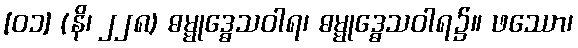
[၀၁] (နိ၊ ၂၂၈) ဓမ္မုဒ္ဓေသဝါရ၊ ဓမ္မုဒ္ဓေသဝါရ၌။ ဖဿော၊